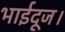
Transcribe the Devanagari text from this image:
भाईदूज।